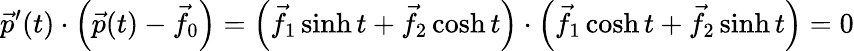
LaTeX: {\vec{p}}^{\prime}(t)\cdot\left({\vec{p}}(t)-{\vec{f}}_{0}\right)=\left({\vec{f}}_{1}\sinh t+{\vec{f}}_{2}\cosh t\right)\cdot\left({\vec{f}}_{1}\cosh t+{\vec{f}}_{2}\sinh t\right)=0